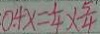
0 . 4 x = \frac { 1 } { 4 } \times \frac { 5 } { 4 }